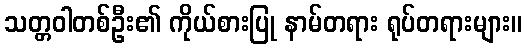
သတ္တဝါတစ်ဦး၏ ကိုယ်စားပြု နာမ်တရား ရုပ်တရားများ။